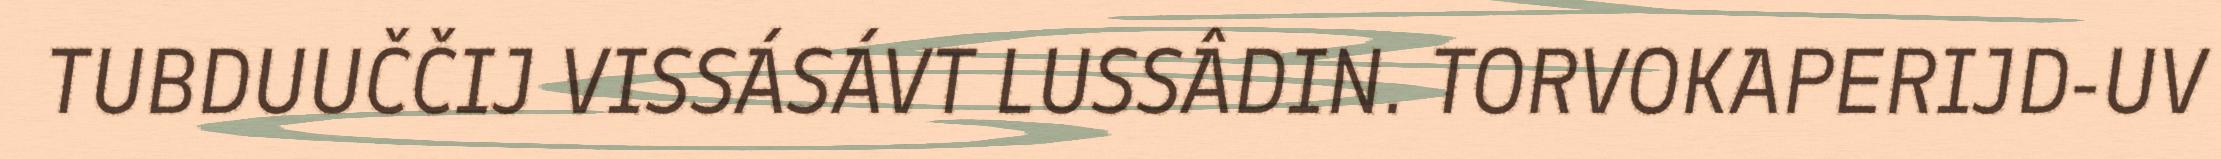
TUBDUUČČIJ VISSÁSÁVT LUSSÂDIN. TORVOKAPERIJD-UV